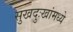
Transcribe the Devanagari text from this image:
सुखदुःखांमध्ये